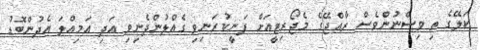
ކަލޭގެ ތި ވިސްނުންވެސް ރާއްޖޭގެ މެޖޯރިޓީއަށް ފަނީކުރަނިވި ގެއްލުންދެނިވި އަދި އަމިއްލަ އެދުންބޮޑު